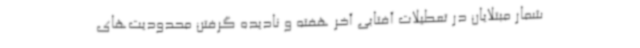
شمار مبتلایان در تعطیلات آفتابی آخر هفته و نادیده گرفتن محدودیت‌های